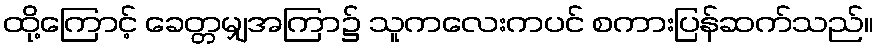
ထို့ကြောင့် ခေတ္တမျှအကြာ၌ သူကလေးကပင် စကားပြန်ဆက်သည်။